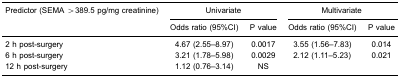
| Predictor (SEMA >389.5 pg/mg creatinine) | <COLSPAN=2> Univariate | <COLSPAN=2> Multivariate |
 |  | Odds ratio (95%CI) | P value | Odds ratio (95%CI) | P value |
 | --- | --- | --- | --- | --- |
 | 2 h post-surgery | 4.67 (2.55–8.97) | 0.0017 | 3.55 (1.56–7.83) | 0.014 |
 | 6 h post-surgery | 3.21 (1.78–5.98) | 0.0029 | 2.12 (1.11–5.23) | 0.021 |
 | 12 h post-surgery | 1.12 (0.76–3.14) | NS |  |  |